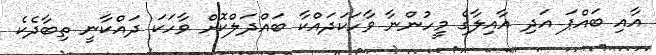
އާއި ބައްޕަ އަދި އާއިލާގެ މީހުންނާ ވާހަކަދައްކާ ބައްދަލްކޮށް ވާހަކަ ދައްކާނީ ތިބާދެކެ